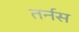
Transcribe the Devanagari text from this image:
तर्नस